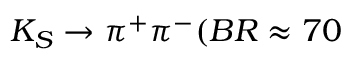
K _ { S } \rightarrow \pi ^ { + } \pi ^ { - } ( B R \approx 7 0 \